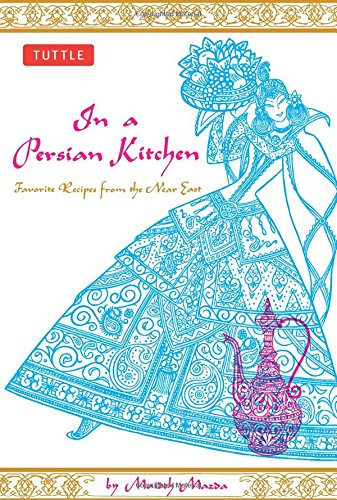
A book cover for In a Persian Kitchen: Favorite Recipes from the Near East; Maideh Mazda; Cookbooks, Food & Wine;